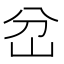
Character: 岔